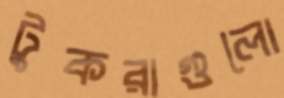
টুকরাগুলো